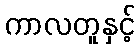
ကာလတူနှင့်